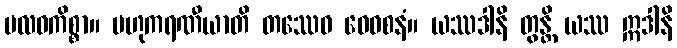
ဗလဝကိစ္စာ။ ဗဟုကရဏီယာတိ တဿေဝ ဝေဝစနံ။ ယဿဒါနိ တွန္တိ ယဿ ဣဒါနိ